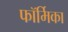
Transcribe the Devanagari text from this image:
फॉर्मिका